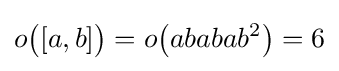
o{\bigl (}[a,b]{\bigr )}=o{\bigl (}ababab^{2}{\bigr )}=6